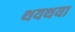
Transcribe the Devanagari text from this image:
थयथया